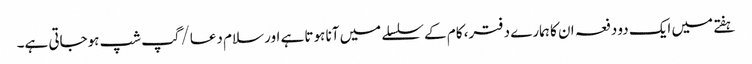
ہفتے میں ایک دو دفعہ ان کا ہمارے دفتر، کام کے سلسلے میں آنا ہوتا ہے اور سلام دعا/گپ شپ ہوجاتی ہے۔